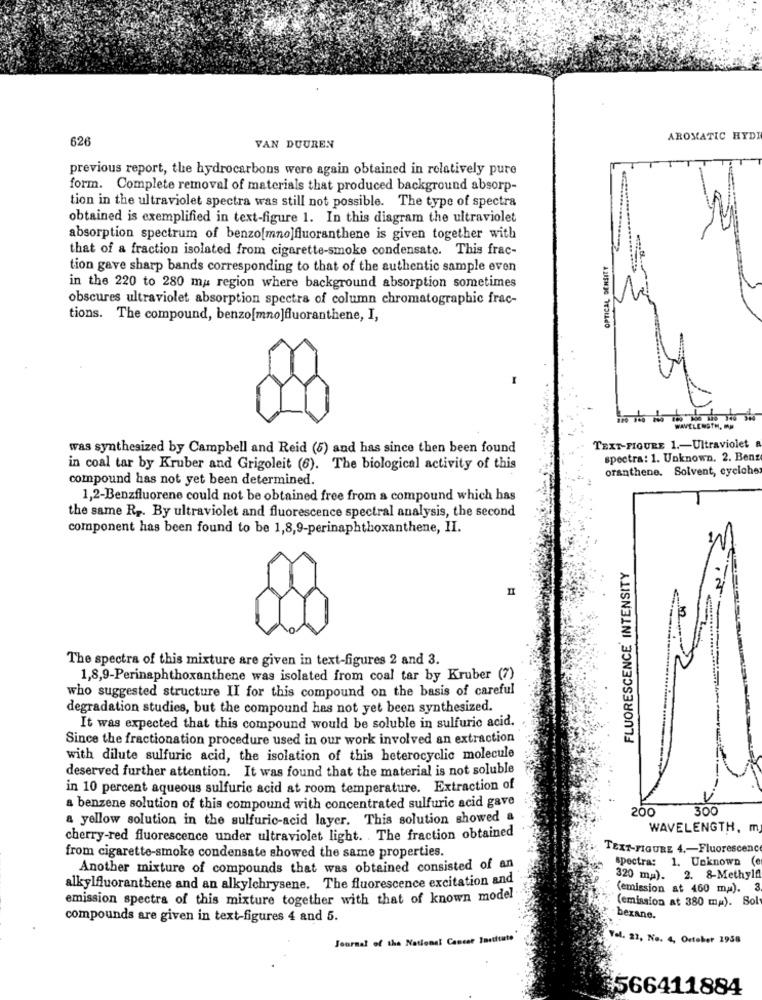
626
AROMATIC HYDI
VAN DUUREN
previous report, the hydrocarbons were again obtained in relatively pure
form. Complete removal of materials that produced background absorp-
tion in the ultraviolet spectra was still not possible. The type of spectra
obtained is exemplified in text-figure 1. In this diagram the ultraviolet
absorption spectrum of benzo[mno]fluorsnthene is given together with
that of a fraction isolated from cigarette-smoke condensate. This frac-
OPTICAL DENSITY
tion gave sharp bands corresponding to that of the authentic sample even
in the 220 to 280 ma: region where background absorption sometimes
obscures ultraviolet absorption spectra of column chromatographic frac-
tions. The compound, benzo[mno]fluoranthene, I,
I
WAVELENGTH, HOW
was synthesized by Campbell and Reid (5) and has since then been found
TEXT-FIGURE 1 .- Ultraviolet
spectra: 1. Unknown. 2. Benz
in coal tar by Kruber and Grigoleit (6). The biological activity of this
oranthene. Solvent, cyclohe
compound has not yet been determined.
1,2-Benzfluorene could not be obtained free from a compound which has
the same R2. By ultraviolet and fluorescence spectral analysis, the second
component has been found to be 1,8,9-perinaphthoxanthene, II.
FLUORESCENCE INTENSITY
II
The spectra of this mixture are given in text-figures 2 and 3.
1,8,9-Perinaphthoxanthene was isolated from coal tar by Kruber (7)
who suggested structure II for this compound on the basis of careful
degradation studies, but the compound has not yet been synthesized.
It was expected that this compound would be soluble in sulfuric acid.
Since the fractionation procedure used in our work involved an extraction
with dilute sulfuric acid, the isolation of this heterocyclic molecule
deserved further attention. It was found that the material is not soluble
in 10 percent aqueous sulfuric acid at room temperature. Extraction of
a benzene solution of this compound with concentrated sulfuric acid gave
200
300
a yellow solution in the sulfuric-acid layer. This solution showed &
WAVELENGTH, m
cherry-red fluorescence under ultraviolet light. . The fraction obtained
from cigarette-smoke condensate showed the same properties.
TEXT-FIGURE 4 .- Fluorescenc
spectra: 1. Unknown (
Another mixture of compounds that was obtained consisted of an
320 ma). 2. 8-Methylfl
alkylfluoranthene and an alkylchrysene. The fluorescence excitation and
(emission at 460 mu). 3
emission spectra of this mixture together with that of known model
(emission at 380 ma). Sol
compounds are given in text-figures 4 and 5.
bezane.
Journal of the National Cancer Institute
Vel. 22, No. 4, October 1938
$566411884